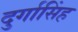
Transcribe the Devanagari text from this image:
दुर्गासिंह